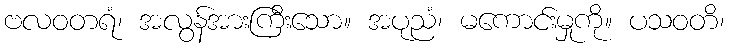
ဗလဝတရံ၊ အလွန်အားကြီးသော။ အပုညံ၊ မကောင်းမှုကို။ ပသဝတိ၊